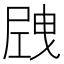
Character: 𡲝